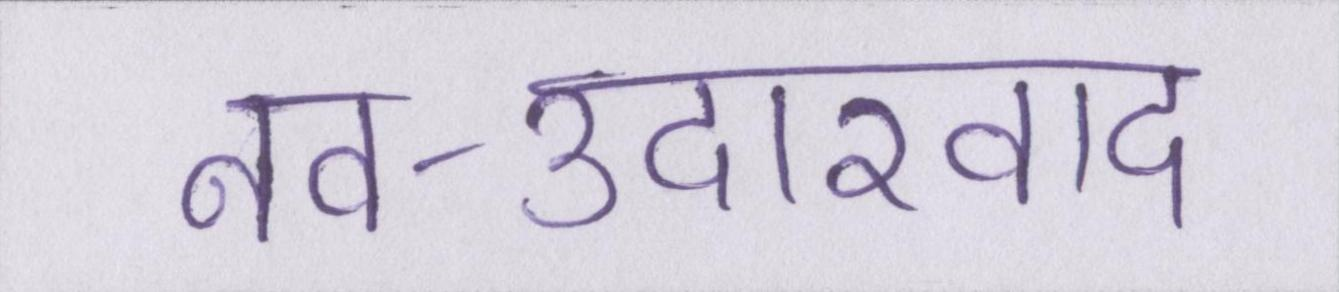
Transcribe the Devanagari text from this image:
नव-उदारवाद